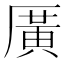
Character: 𪠓